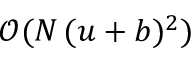
\mathcal { O } ( N \, ( u + b ) ^ { 2 } )